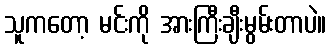
သူကတော့ မင်းကို အားကြီးချီးမွမ်းတာပဲ။